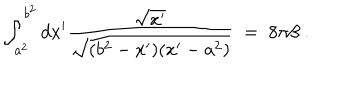
LaTeX: \int _ { a ^ { 2 } } ^ { b ^ { 2 } } d x ^ { \prime } { \frac { \sqrt { x ^ { \prime } } } { \sqrt { ( b ^ { 2 } - x ^ { \prime } ) ( x ^ { \prime } - a ^ { 2 } ) } } } \; = \; 8 \pi \beta \; .